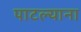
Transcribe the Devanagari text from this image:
पाटल्याना